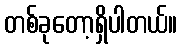
တစ်ခုတော့ရှိပါတယ်။